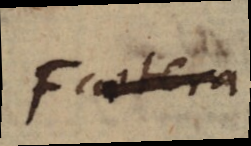
F caetera